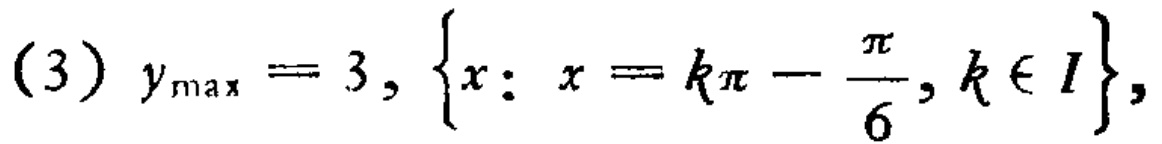
(3) \(y_{\max}=3,\left\{x: x = k\pi-\frac{\pi}{6},k\in I\right\},\)